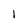
Character: I